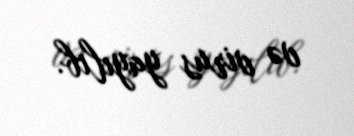
və virus yayılıb.